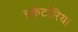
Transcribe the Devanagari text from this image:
इक्वेटोरिया